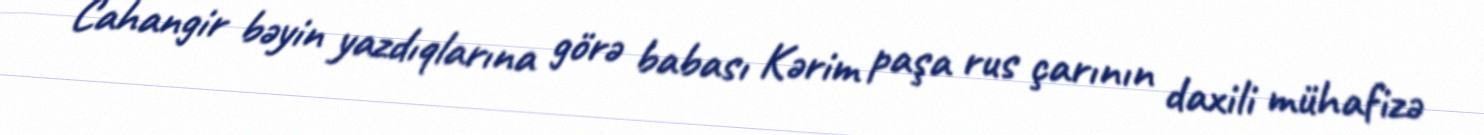
Cahangir bəyin yazdıqlarına görə babası Kərim paşa rus çarının daxili mühafizə